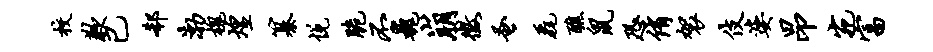
校歉已欷渤槐煌纂悦脆丕巍崩征蚤毳醮鼠恐侑袈伎婆昂宛富